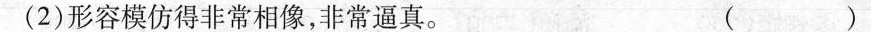
(2)形容模仿得非常相像，非常逼真。 ( )